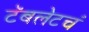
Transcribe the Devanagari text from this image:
टॅबलेटचं